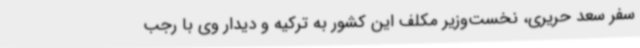
سفر سعد حریری، نخست‌وزیر مکلف این کشور به ترکیه و دیدار وی با رجب